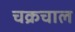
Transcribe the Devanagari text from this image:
चक्रचाल